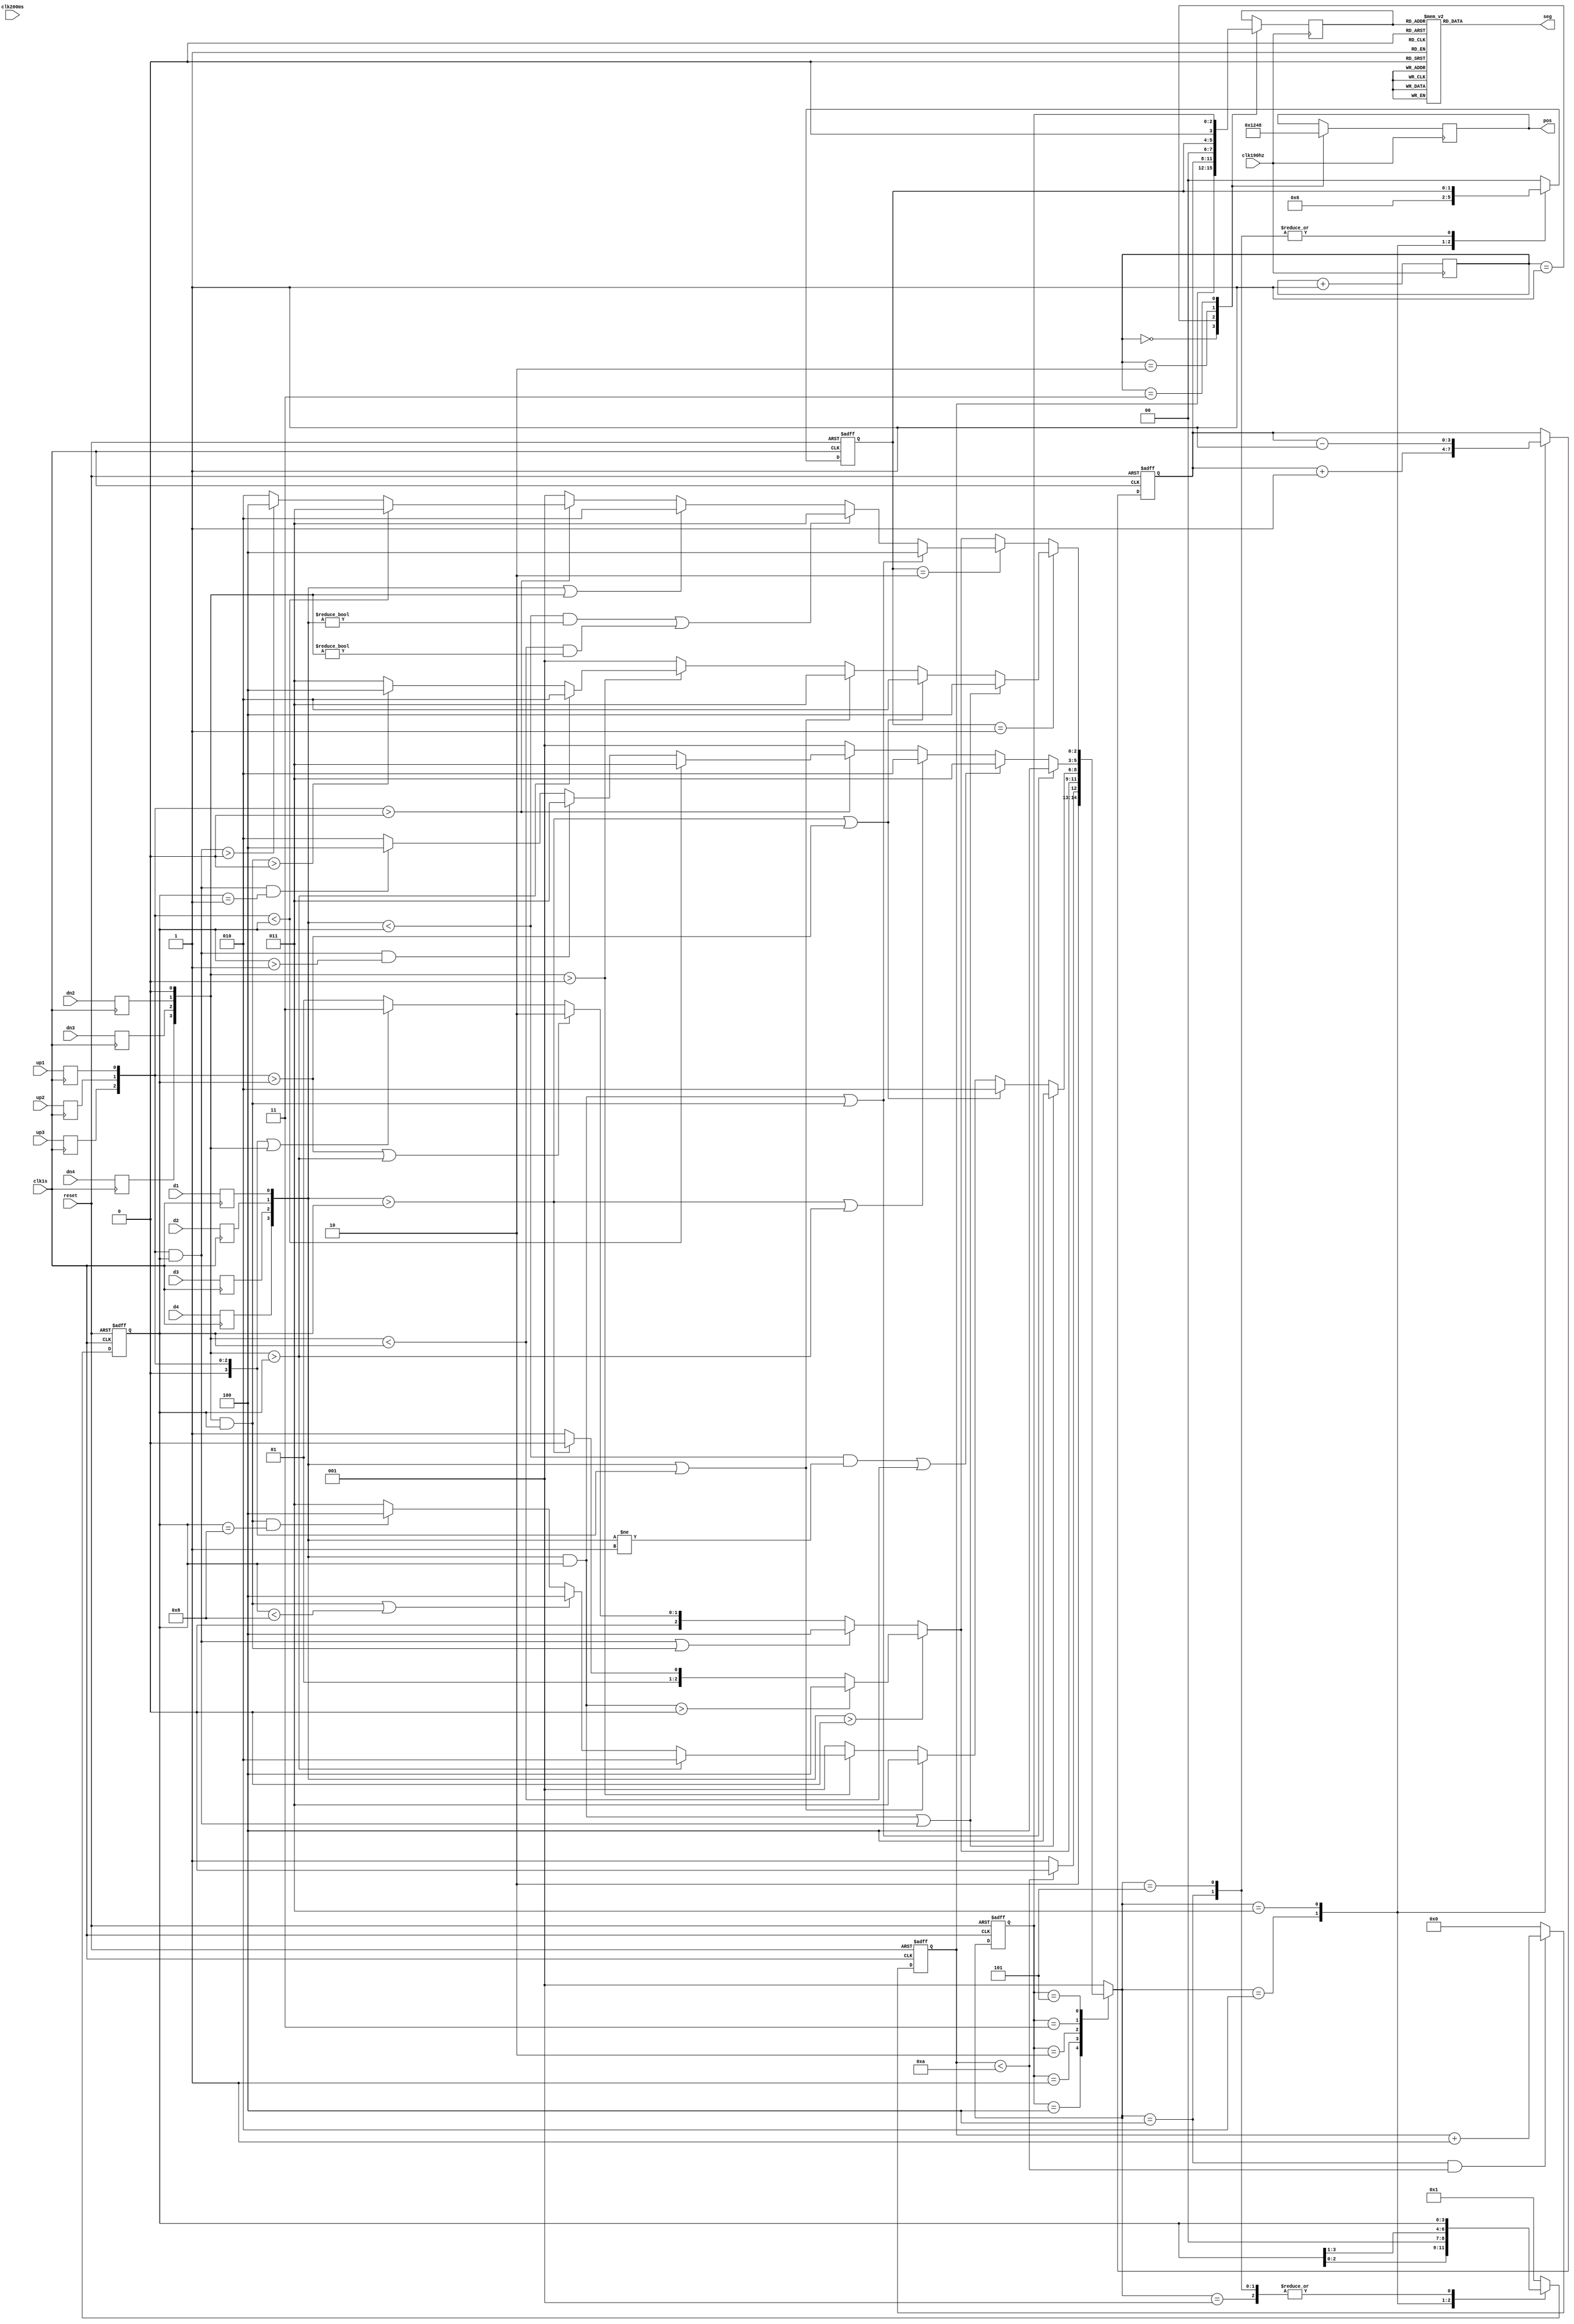
`timescale 1ns / 1ps
module dianti(
input clk1s,
input clk190hz,
input clk200ms,
input reset,
input up1,input up2,input up3,input dn2,input dn3,input dn4,
input d1,input d2,input d3,input d4,
output reg [7:0]seg,      
output reg [3:0]pos
 );
parameter idle_state = 3'b001;    //
parameter up_state = 3'b010; //
parameter down_state=3'b011;//
parameter open_state=3'b100;//
parameter close_state=3'b101;//
parameter f1=4'b0001;//
parameter f2=4'b0010;//
parameter f3=4'b0100;//
parameter f4=4'b1000;//
parameter up_f=2'b01;//
parameter dn_f=2'b10;//
parameter idle=2'b00;//
reg [1:0]ud_f;//
reg [3:0]count;
reg [3:0] led;
reg [3:0] dataP;
reg [2:0] state;
reg [3:0] next_state; 
reg [3:0] now_f;
reg [3:0] up,dn,d;
reg [2:0] posC;
reg up1_f,up2_f,up3_f,dn2_f,dn3_f,dn4_f,
d1_f,d2_f,d3_f,d4_f;
always @(posedge clk1s or posedge reset)      
    if(reset)          
            begin             
                  state<=idle_state;            
            end       
    else            
    state<=next_state; 
    always @(*)       
    case(state)       
    open_state:   
             begin 
             if(count<10) 
               next_state=open_state;  
             else 
               next_state=close_state;   
             end         
    idle_state: 
            begin 
              if(d>0) 
                begin 
                  if((d&now_f)>0) 
                    next_state=open_state; 
                  else if(d>now_f) 
                    next_state=up_state; 
                  else 
                        next_state=down_state; 
                      end
    else if((up&now_f)||(dn&now_f)) 
                    next_state=open_state; 
                 else if((up>now_f)||(dn>now_f)) 
                    next_state=up_state; 
                 else if(up||dn) 
                     next_state=down_state; 
                  else 
                     next_state=idle_state; 
                end 
         
    up_state: 
               begin 
                 if((d&now_f)||(up&now_f)) 
                   next_state=open_state; 
                 else if((d>now_f)||(up>now_f)) 
                   next_state=up_state; 
                 else if(d||up) 
                   next_state=down_state; 
                 else if(dn>0) 
                    begin 
                      if(dn>now_f) 
                        next_state=up_state; 
                      else if((dn&now_f)||(now_f<f4))  
                        next_state=open_state; 
                      else if((dn&now_f)&&(now_f==f4)) 
                        next_state=open_state; 
                      else 
                        next_state=down_state; 
                     end 
                   else 
                     next_state=idle_state; 
                 end 
    
     down_state: 
                begin 
                  if((d&now_f)||(dn&now_f)) 
                    next_state=open_state; 
                  else if(((d<now_f)&&(d!=4'b0001))||((dn<now_f)&&(dn!=4'b0001))) 
                    next_state=down_state; 
                  else if((d>now_f)||(dn>now_f)) 
                     next_state=up_state;
                  else if(up>0) 
                       begin 
                         if(up<now_f)            
                           next_state=down_state; 
                         else if((up&now_f)&&(now_f>f1))  
                           next_state=down_state; 
                         else if((up&now_f)&&(now_f==f1)) 
                           next_state=open_state; 
                          else 
                           next_state=up_state; 
                        end 
                      else 
                        next_state=idle_state; 
                   end 
               
    close_state: 
                   begin 
                     if(ud_f==up_f) 
                       begin 
                         if((d&now_f)||(up&now_f)) 
                           next_state=open_state; 
                         else if((d>now_f)||(up>now_f)) 
                           next_state=up_state; 
                         else if(d||up) 
                           next_state=down_state; 
                          else if(dn>0) 
                            begin 
                              if(dn>now_f) 
                                next_state=up_state; 
                              else if((dn&now_f)>0) 
                                next_state=open_state; 
                               else 
                                next_state=down_state; 
                            end 
                           else 
                            next_state=idle_state; 
                           end 
                        else if(ud_f==dn_f) 
                       begin 
                            if((d&now_f)||(dn&now_f)) 
                              next_state=open_state; 
                            else if(((d<now_f)&&(d!=4'b0000))||((dn<now_f)&&(dn!=4'b0000))) 
                              next_state=down_state; 
                            else if(d||dn) 
                                next_state=up_state; 
                            else if(up>0)            
                            begin 
                                if(up<now_f) 
                                  next_state=down_state; 
                                else if((up&now_f)>0) 
                                  next_state=open_state; 
                                else 
                                  next_state=up_state; 
                            end 
                           else 
                             next_state=idle_state; 
                      end 
                    else  
                      begin 
                        if(d>0) 
                         begin 
                           if((d&now_f)>0) 
                             next_state=open_state; 
                           else if(d>now_f) 
                             next_state=up_state; 
                           else  
                             next_state=down_state; 
                          end 
                        else if((up&now_f)||(dn&now_f)) 
                          next_state=open_state; 
                        else if((up>now_f)||(dn>now_f)) 
                          next_state=up_state; 
                        else if(up||dn) 
                          next_state=down_state;                            
                        else 
                          next_state=idle_state; 
                      end 
                  end 
    
     default: 
              next_state=idle_state; 
    
    endcase 
    
    always @(posedge clk1s or posedge reset)  
    if(reset) 
      begin 
        now_f<=f1; 
        ud_f<=idle; 
          led<=1; 
        end 
     else     
        begin 
         now_f<=now_f; 
         case(next_state) 
           idle_state: 
             begin 
               now_f<=now_f; 
               ud_f<=idle; 
               led<=led; 
             end 
           up_state: 
              begin 
                now_f<=now_f<<1; 
                ud_f<=up_f; 
                led<=led+1;
              end 
            down_state: 
              begin 
                now_f<=now_f>>1; 
                ud_f<=dn_f; 
                led<=led-1;
              end 
            open_state: 
              begin 
                now_f<=now_f; 
                ud_f<=ud_f; 
                led<=led; 
              end 
            close_state: 
              begin 
                now_f<=now_f; 
                ud_f<=ud_f; 
                led<=led; 
              end 
            default: 
              begin 
                now_f<=f1; 
                ud_f<=idle; 
                led<=led; 
              end  
     endcase 
    end 
    always@(dataP)
      case(dataP)
        0:seg=8'b0011_1111;
        1:seg=8'b0000_0110;
        2:seg=8'b0101_1011;
        3:seg=8'b0100_1111;
        4:seg=8'b0110_0110;
        5:seg=8'b0110_1101;
        6:seg=8'b0111_1101;
        7:seg=8'b0000_0111;
        8:seg=8'b0111_1111;
        9:seg=8'b0110_1111;
        10:seg=8'b0100_0000;
        11:seg=8'b0000_0000;
        default:seg = 8'b0000_1000;
      endcase
always @(posedge clk190hz)
            begin
            case(posC)
             0: begin
                pos<=4'b0001;
                dataP<=count;
                end
             1: begin
                pos<=4'b0010;
                /*case(led)
                4'b0001:dataP<=1;
                4'b0010:dataP<=2;
                4'b0100:dataP<=3;
                4'b1000:dataP<=4;
                endcase */
                dataP<=led;
                end
             2: begin
                pos<=4'b0100;
                dataP<=ud_f;
                end
             3: begin
                pos<=4'b1000;
                dataP<=state;
                end
              endcase
              posC = posC+1;
              end
always@(posedge clk1s)
       begin
            up1_f=up1;up2_f=up2;up3_f=up3;dn2_f=dn2;dn3_f=dn3;dn4_f=dn4;
       d1_f=d1;d2_f=d2;d3_f=d3;d4_f=d4;
       end
always @(up1_f or up2_f or up3_f  ) 
       up={1'b0, up3_f, up2_f, up1_f};   
    
    always @(dn2_f or dn3_f or dn4_f ) 
       dn={dn4_f, dn3_f, dn2_f, 1'b0};   
    
    always @(d1_f or d2_f or d3_f or d4_f ) 
       d={d4_f, d3_f, d2_f, d1_f};  
    always @(posedge clk1s or posedge reset) 
             if(reset) 
                 count<=0; 
             else if((next_state==open_state)&&(count<10)) 
                 count<=count+1; 
     else 
                 count<=0; 
endmodule